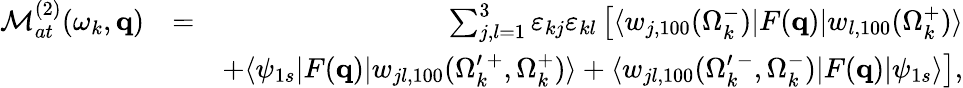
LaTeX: \begin{array}{rlr}{{\cal M}_{at}^{(2)}(\omega_{k},\mathbf{q})}&{=}&{\sum_{j,l=1}^{3}\varepsilon_{kj}\varepsilon_{kl}\left[\langle w_{j,100}(\Omega_{k}^{-})|F(\mathbf{q})|{w}_{l,100}(\Omega_{k}^{+})\rangle\right.}\\ &{}&{\left.+\langle\psi_{1s}|F(\mathbf{q})|w_{jl,100}(\Omega_{k}^{\prime\, +},\Omega_{k}^{+})\rangle+\langle w_{jl,100}(\Omega_{k}^{\prime\, -},\Omega_{k}^{-})|F(\mathbf{q})|\psi_{1s}\rangle\right],}\end{array}